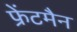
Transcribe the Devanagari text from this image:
फ्रेंटमैन